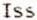
ISS